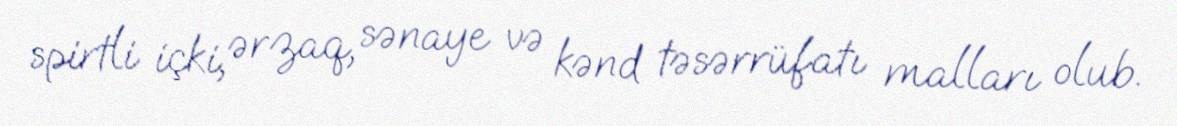
spirtli içki, ərzaq, sənaye və kənd təsərrüfatı malları olub.